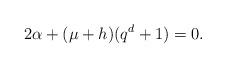
LaTeX: \begin{align*} 2 \alpha + (\mu + h)(q^d + 1) = 0. \end{align*}